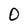
Character: 0